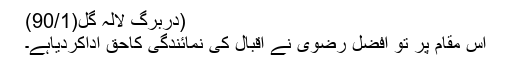
(دربرگ لالہ گُل(90/1)
اس مقام پر تو افضل رضویؔ نے اقبال کی نمائندگی کاحق اداکردیاہے۔